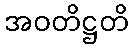
အဝတိဋ္ဌတိ